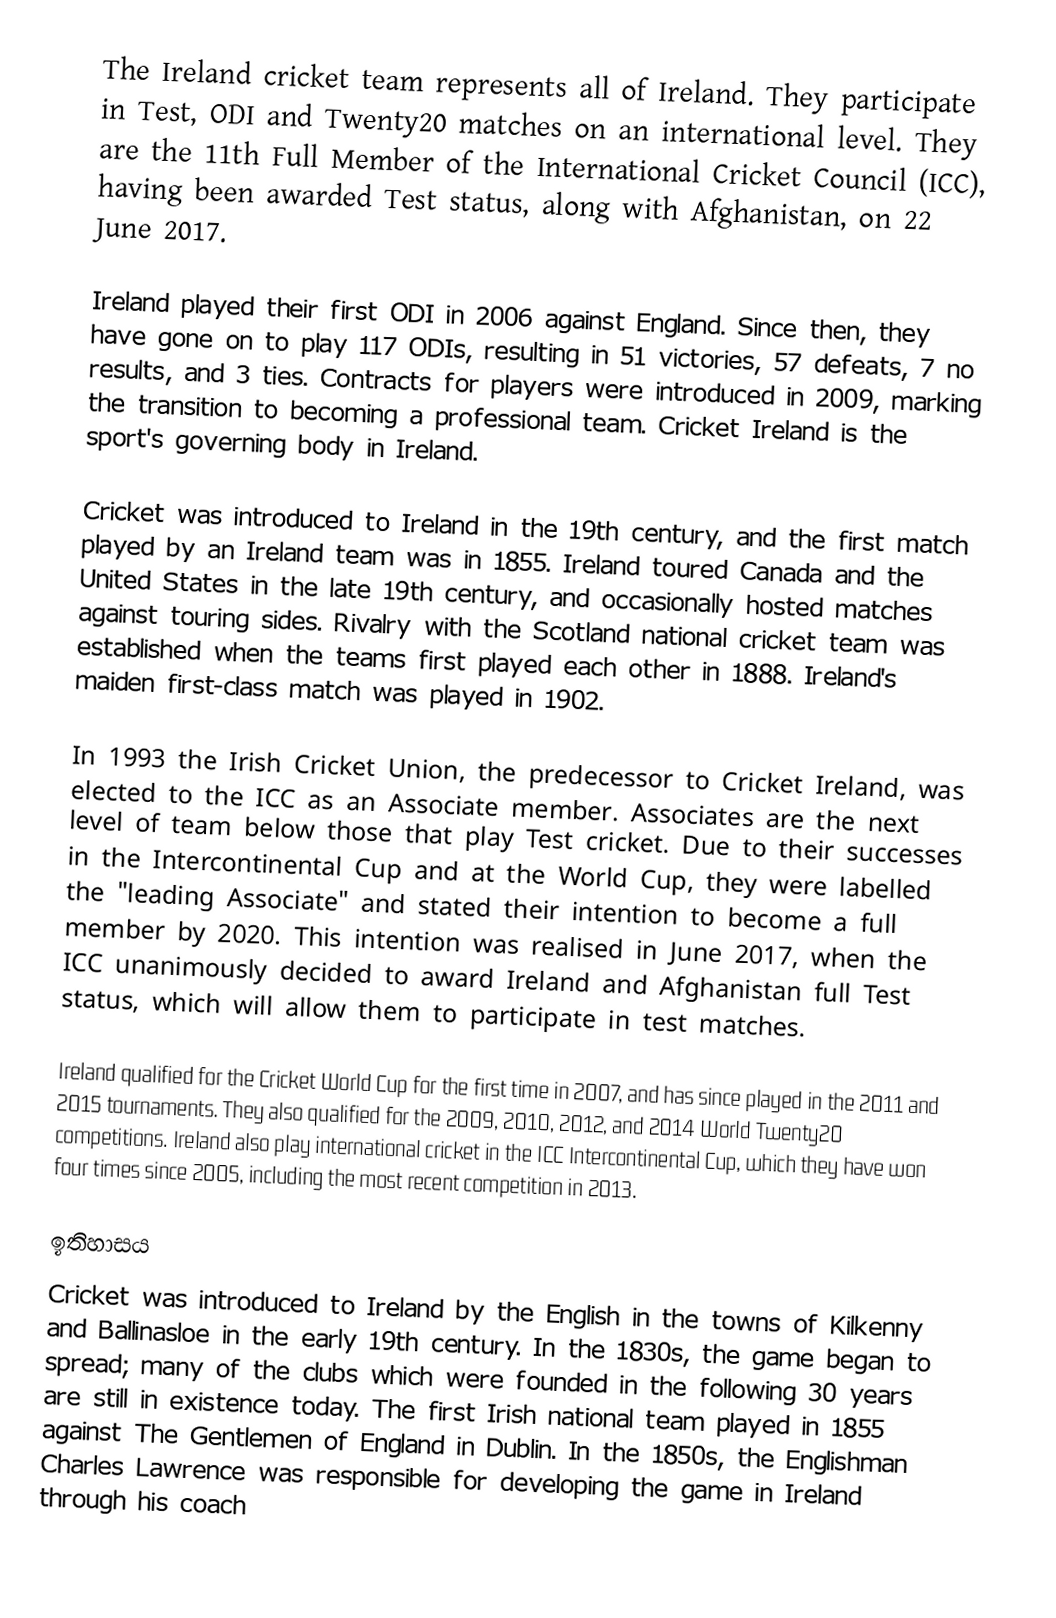
The Ireland cricket team represents all of Ireland. They participate in Test, ODI and Twenty20 matches on an international level. They are the 11th Full Member of the International Cricket Council (ICC), having been awarded Test status, along with Afghanistan, on 22 June 2017.

Ireland played their first ODI in 2006 against England. Since then, they have gone on to play 117 ODIs, resulting in 51 victories, 57 defeats, 7 no results, and 3 ties. Contracts for players were introduced in 2009, marking the transition to becoming a professional team. Cricket Ireland is the sport's governing body in Ireland.

Cricket was introduced to Ireland in the 19th century, and the first match played by an Ireland team was in 1855. Ireland toured Canada and the United States in the late 19th century, and occasionally hosted matches against touring sides. Rivalry with the Scotland national cricket team was established when the teams first played each other in 1888. Ireland's maiden first-class match was played in 1902.

In 1993 the Irish Cricket Union, the predecessor to Cricket Ireland, was elected to the ICC as an Associate member. Associates are the next level of team below those that play Test cricket. Due to their successes in the Intercontinental Cup and at the World Cup, they were labelled the "leading Associate" and stated their intention to become a full member by 2020. This intention was realised in June 2017, when the ICC unanimously decided to award Ireland and Afghanistan full Test status, which will allow them to participate in test matches.

Ireland qualified for the Cricket World Cup for the first time in 2007, and has since played in the 2011 and 2015 tournaments. They also qualified for the 2009, 2010, 2012, and 2014 World Twenty20 competitions. Ireland also play international cricket in the ICC Intercontinental Cup, which they have won four times since 2005, including the most recent competition in 2013.

ඉතිහාසය
Cricket was introduced to Ireland by the English in the towns of Kilkenny and Ballinasloe in the early 19th century. In the 1830s, the game began to spread; many of the clubs which were founded in the following 30 years are still in existence today. The first Irish national team played in 1855 against The Gentlemen of England in Dublin. In the 1850s, the Englishman Charles Lawrence was responsible for developing the game in Ireland through his coach